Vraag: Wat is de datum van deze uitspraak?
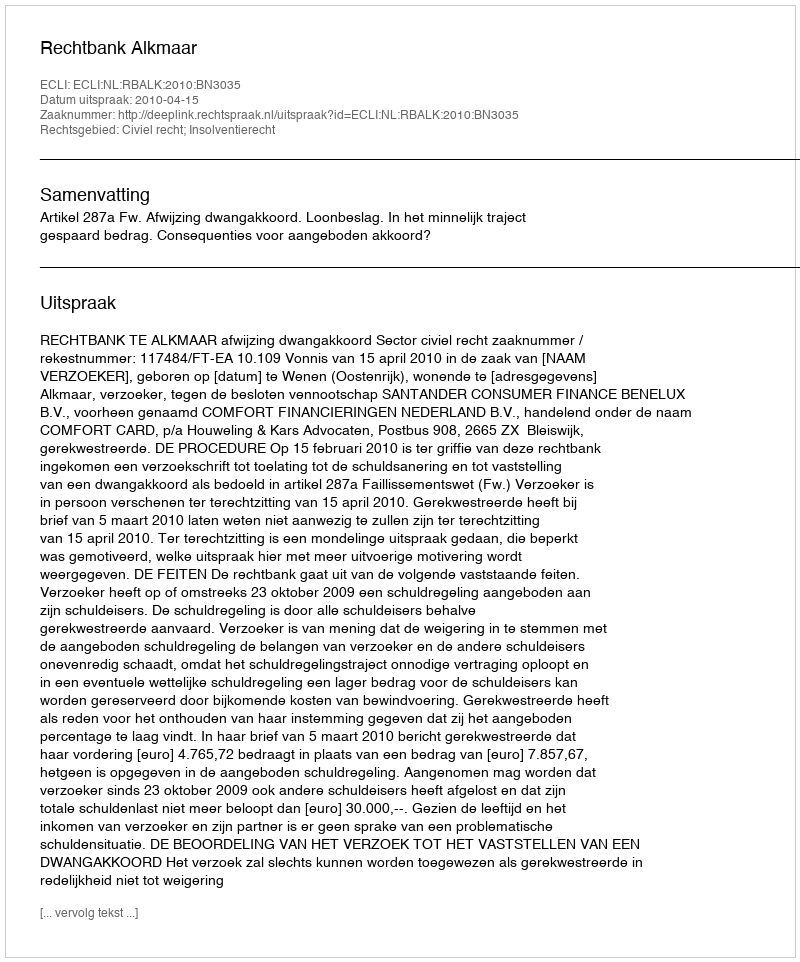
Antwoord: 2010-04-15